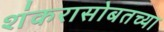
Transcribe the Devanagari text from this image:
शंकरासोबतच्या